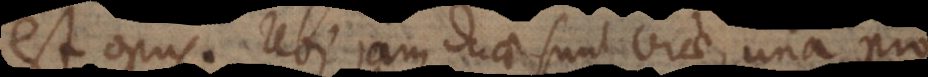
est opus. Ubi jam duae sunt viae, una pro